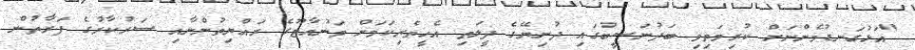
"އަޅުގަނޑުމެންނަށް ކުރިމަތިވި ބަދުނަސީބުގައި ދުނިޔޭގެ ދީލަތި އެހީތެރިކަމަށް ވަނުއާޓޫގެ ރައްޔިތުންނާއި ސަރުކާރުގެ ފަރާތުން